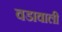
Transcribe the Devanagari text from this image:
वडावाली